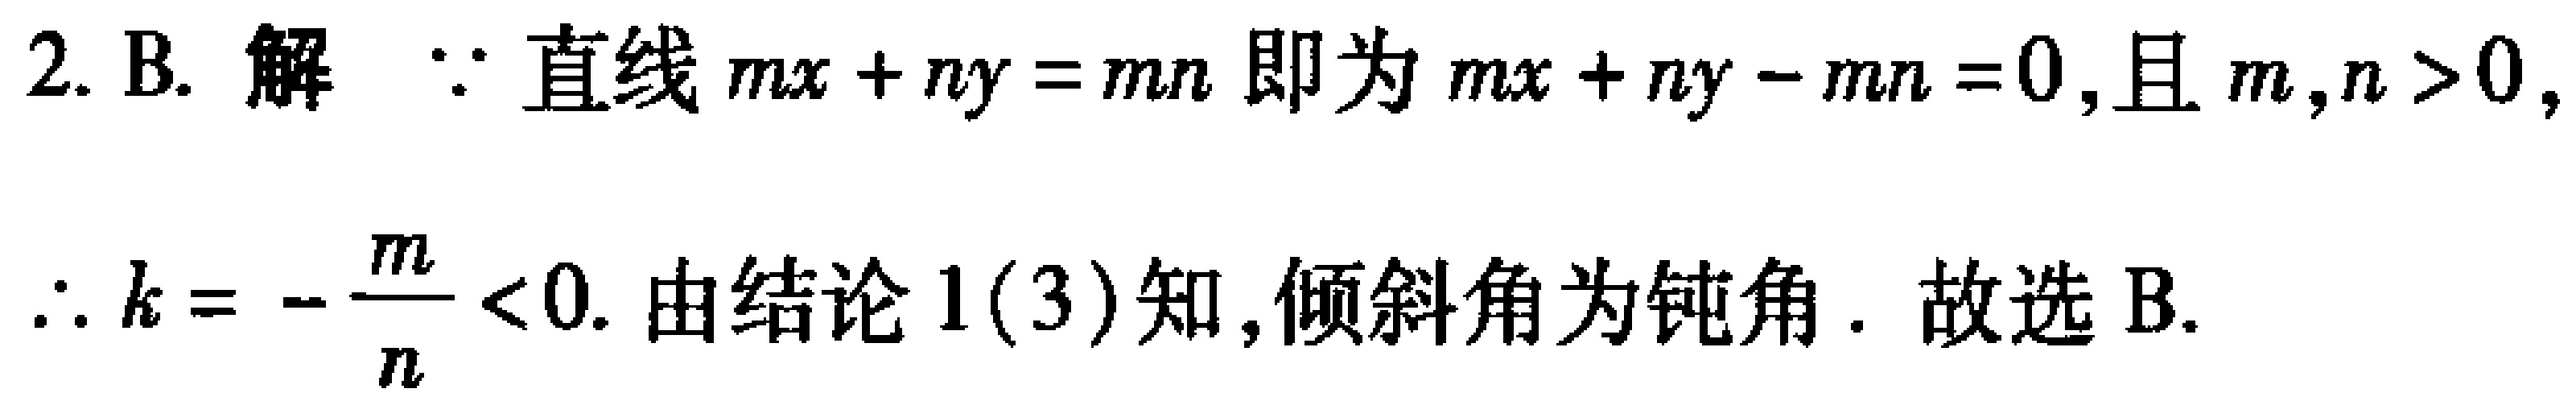
2. B. 解 $\because$ 直线 $mx + ny = mn$ 即为 $mx + ny - mn = 0$,且 $m,n > 0$,
$\therefore k = -\frac{m}{n} < 0$. 由结论 1(3)知,倾斜角为钝角. 故选 B.